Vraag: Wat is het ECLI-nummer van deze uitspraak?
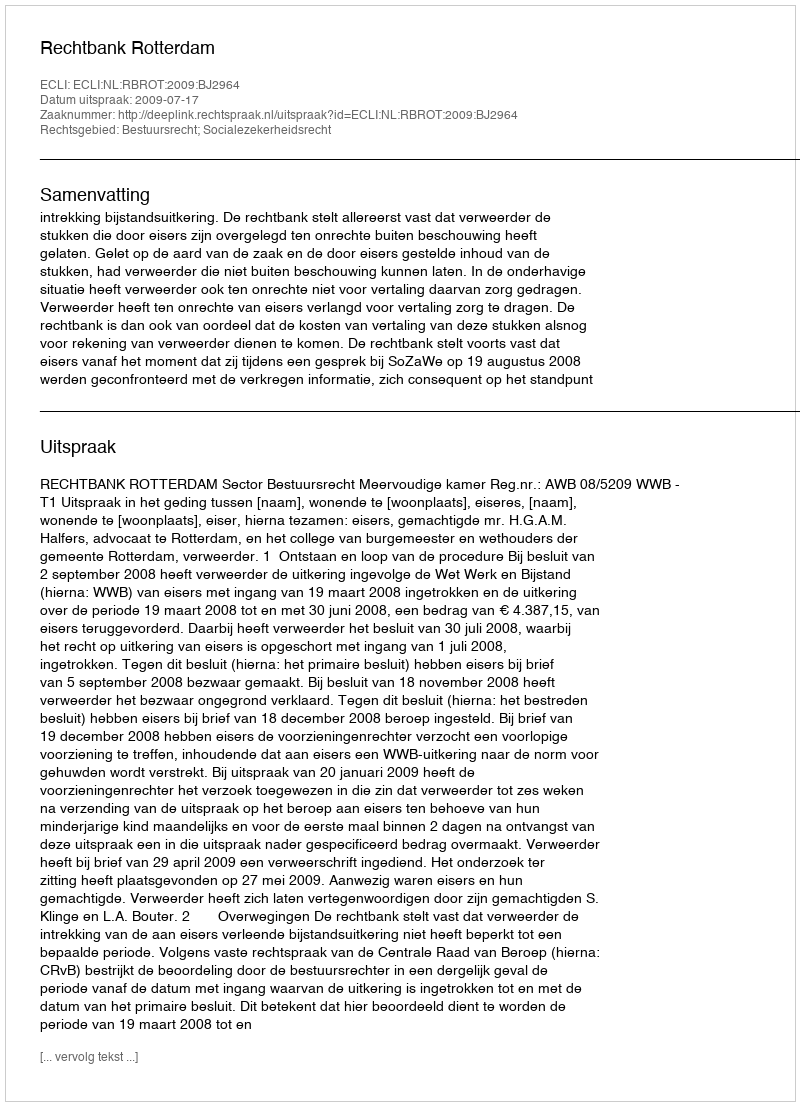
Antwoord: ECLI:NL:RBROT:2009:BJ2964